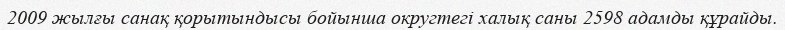
2009 жылғы санақ қорытындысы бойынша округтегі халық саны 2598 адамды құрайды.